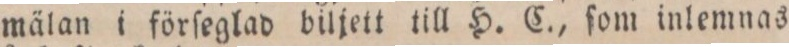
mälan i förſeglad biljett till H. C., ſom inlemnas